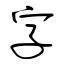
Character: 字